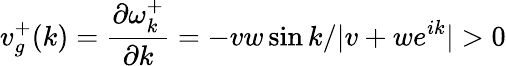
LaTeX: v_{g}^{+}(k)=\frac{\partial\omega_{k}^{+}}{\partial k}=-vw\sin{k}/|v+we^{ik}|>0